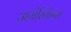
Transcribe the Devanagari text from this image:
अमेरिकेन्स